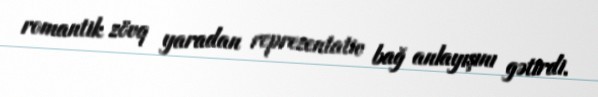
romantik zövq yaradan reprezentativ bağ anlayışını gətirdi.